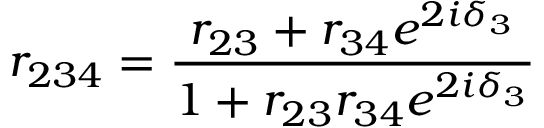
r _ { 2 3 4 } = \frac { r _ { 2 3 } + r _ { 3 4 } e ^ { 2 i \delta _ { 3 } } } { 1 + r _ { 2 3 } r _ { 3 4 } e ^ { 2 i \delta _ { 3 } } }